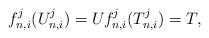
LaTeX: \begin{align*}f_{n,i}^j(U_{n,i}^j) = U_{} f_{n,i}^j(T_{n,i}^j) = T,\end{align*}